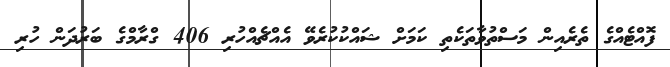
ފޮއްޓެއްގެ ތެރެއިން މަސްތުވާތަކެތި ކަމަށް ޝައްކުކުރެވޭ އެއްޗެއްހުރި 406 ގްރާމްގެ ބަރުދަން ހުރި